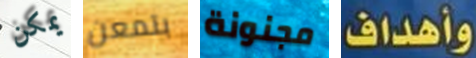
يمكن بتمعن مجنونة وأهداف